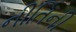
નીતિની